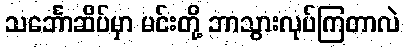
သင်္ဘောဆိပ်မှာ မင်းတို့ ဘာသွားလုပ်ကြတာလဲ